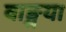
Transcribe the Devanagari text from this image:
वाङ्मया